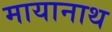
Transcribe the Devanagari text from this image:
मायानाथ